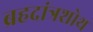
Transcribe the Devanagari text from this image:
ब्रहदांत्रशोथ